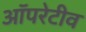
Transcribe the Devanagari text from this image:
ऑपरेटीव